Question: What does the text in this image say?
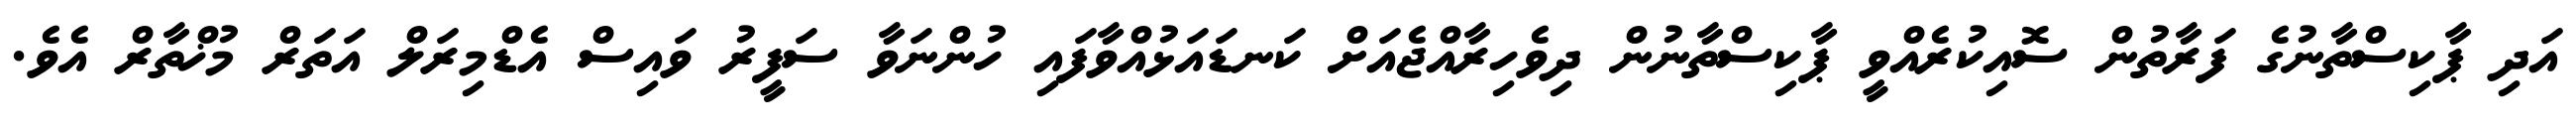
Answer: އަދި ޕާކިސްތާނުގެ ފަރާތުން ސޮއިކުރެއްވީ ޕާކިސްތާނުން ދިވެހިރާއްޖެއަށް ކަނޑައަޅުއްވާފައި ހުންނަވާ ސަފީރު ވައިސް އެޑްމިރަލް އަތަރް މުޚްތާރް އެވެ.